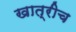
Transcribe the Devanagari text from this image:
खात्रीच